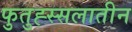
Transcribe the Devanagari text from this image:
फुतुह्स्सलातीन